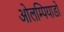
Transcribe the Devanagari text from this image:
ओलम्पियाडो